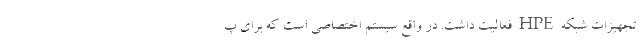
تجهیزات شبکه HPE فعالیت داشت. در واقع سیستم اختصاصی است که برای پ